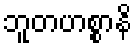
ဘူတဟစ္စာနိ